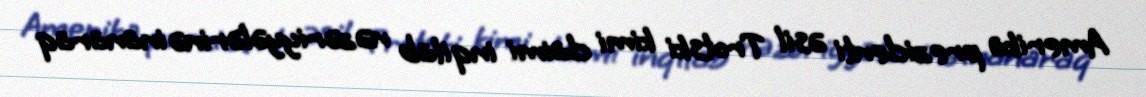
Amerika prezidenti əsil Trotski kimi daimi inqilab nəzəriyyələrinə inanaraq